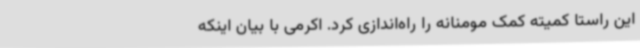
این راستا کمیته کمک مومنانه را راه‌اندازی کرد. اکرمی با بیان اینکه